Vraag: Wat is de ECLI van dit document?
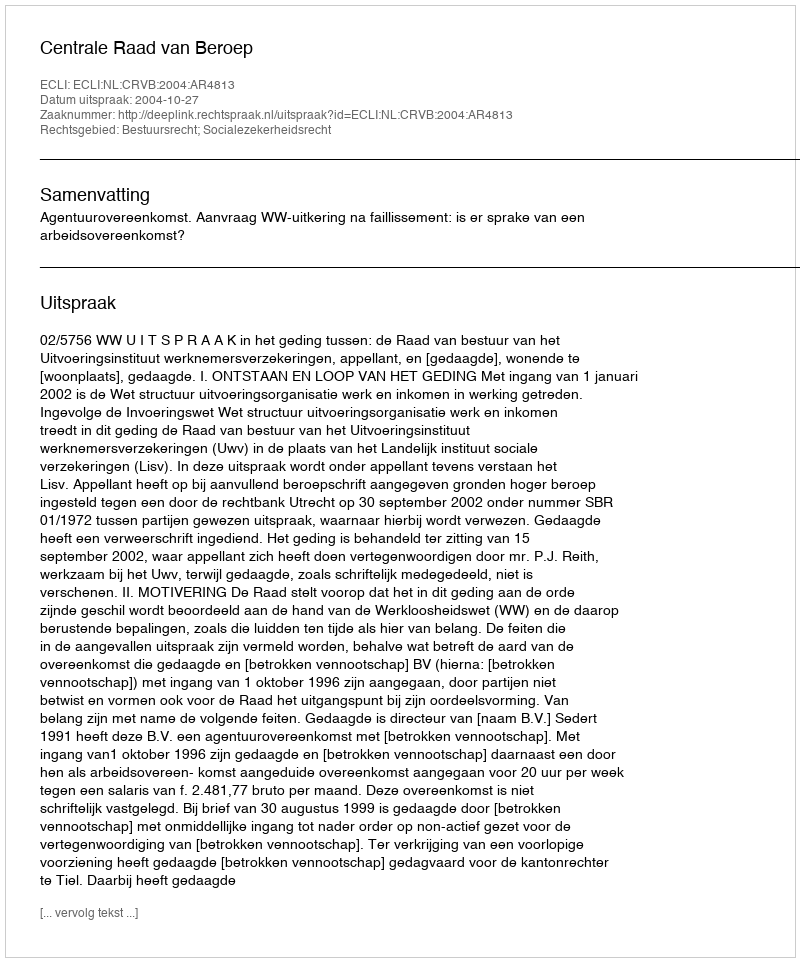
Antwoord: ECLI:NL:CRVB:2004:AR4813